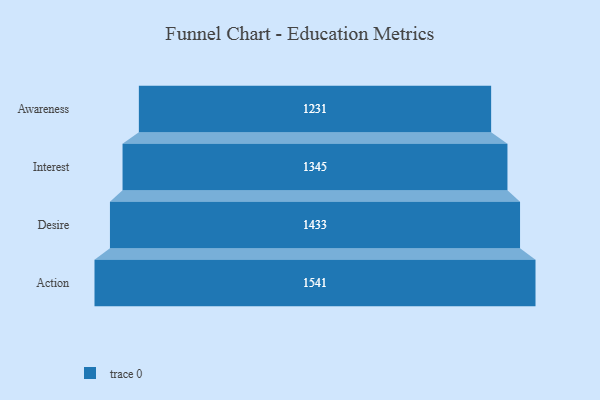
{"axis": {"x": "Stage", "y": "Value"}, "legend": [""], "data": [{"x": "Awareness", "y": 1231.0, "type": ""}, {"x": "Interest", "y": 1345.0, "type": ""}, {"x": "Desire", "y": 1433.0, "type": ""}, {"x": "Action", "y": 1541.0, "type": ""}]}